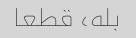
بله، قطعا